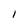
Character: 1